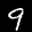
Label: 9